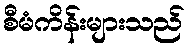
စီမံကိန်းများသည်